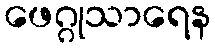
ဖေဂ္ဂုသာရေန